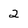
Character: 2